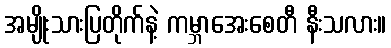
အမျိုးသားပြတိုက်နဲ့ ကမ္ဘာအေးစေတီ နီးသလား။